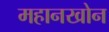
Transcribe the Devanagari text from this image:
महानखोन